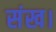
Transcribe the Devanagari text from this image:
संख।